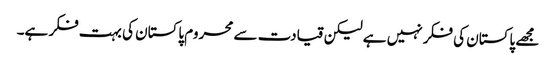
مجھے پاکستان کی فکر نہیں ہے لیکن قیادت سے محروم پاکستان کی بہت فکر ہے۔